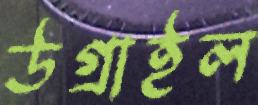
উগ্‌রাইল